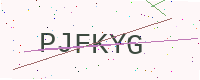
Text: PJFKYG